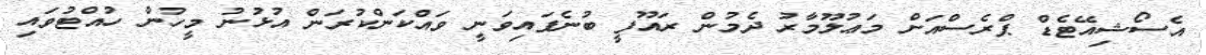
އެސޯޝިއޭޓެޑް ޕްރެސްއަށް މަޢުލޫމާރު ދެމުން ރައޫފީ ބުނެފައިވަނީ ވައްކަންކުރަން އުޅުނު މީހުން ހުއްޓުވައި